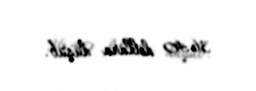
36.40 dollara düşüb.